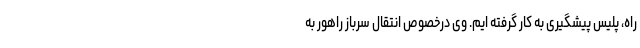
راه، پلیس پیشگیری به کار گرفته ایم. وی درخصوص انتقال سرباز راهور به